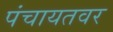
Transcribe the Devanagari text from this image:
पंचायतवर